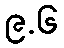
၉.၆